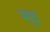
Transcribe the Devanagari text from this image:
सूच